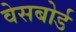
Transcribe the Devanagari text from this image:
वेसबोर्ड